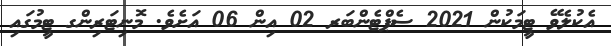
އެކުލެވޭ ޓީމަކުން 2021 ސެޕްޓެންބަރ 02 އިން 06 އަށެވެ. މޮނިޓަރިންގ ޓީމުގައި